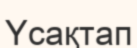
Үсақтап